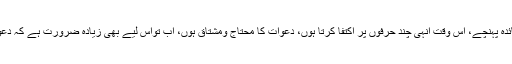
آپ کی خدمت میں کل ایک تار دیاتھاکہ جلد سے جلد آپ کی دعاؤں سے فائدہ پہنچے، اس وقت انہی چند حرفوں پر اکتفا کرتا ہوں، دعوات کا محتاج ومشتاق ہوں، اب تواس لیے بھی زیادہ ضرورت ہے کہ دعواتِ مستجابہ سے اور نالہ ہائے سحری کی برکات سے محروم ہوگیا ہوں۔